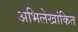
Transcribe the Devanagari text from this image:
अभिलेखांकित